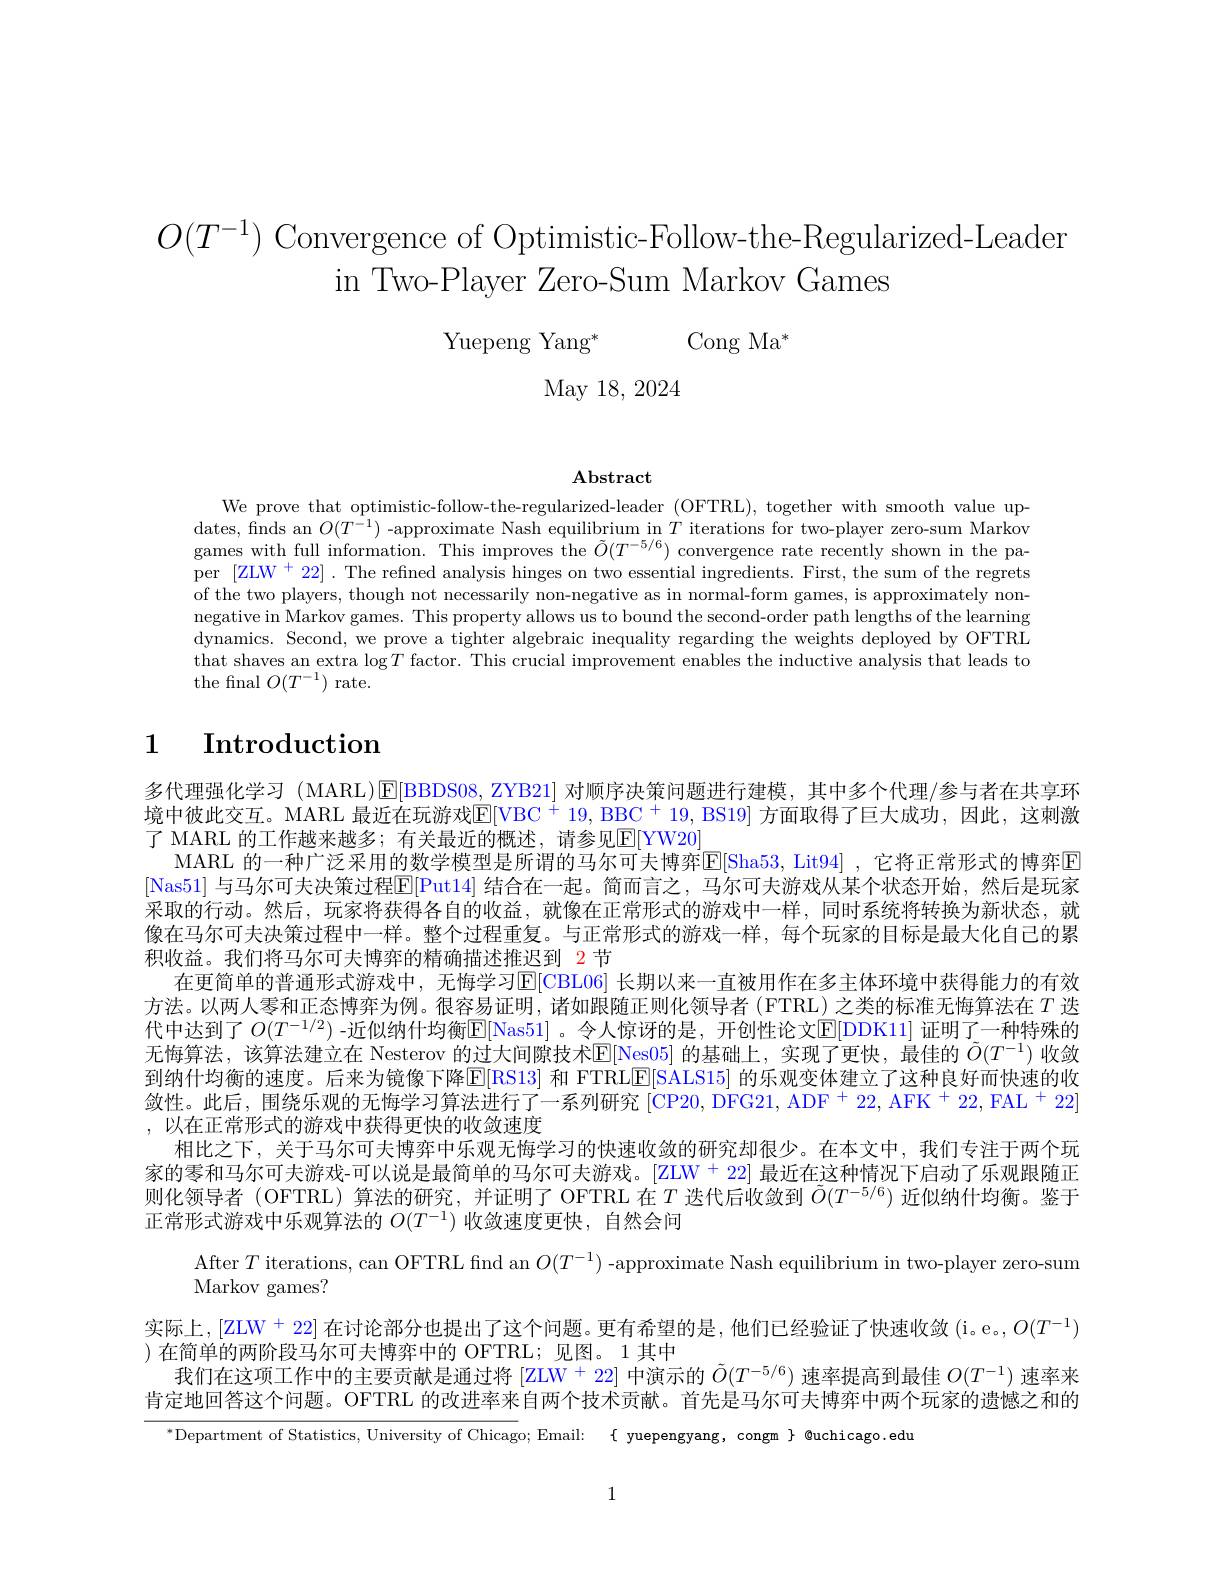
$O(T^{-1})$ Convergence of Optimistic-Follow-the-Regularized-Leaden

in Two-Player Zero-Sum Markov Games

Yuepeng Yang* Cong Ma$^*$

May 18, 2024

$\mathbf{Abstract}$

We prove that optimistic-follow-the-regularized-leader (OFTRL), together with smooth value updates, finds an $O(T^{-1})$ -approximate Nash equilibrium in $T$ iterations for two-player zero-sum Markov games with full information. This improves the $\tilde{O}(T^{-5/6})$ convergence rate recently shown in the paper [ZLW$^+22].$ The refined analysis hinges on two essential ingredients. First, the sum of the regrets of the two players, though not necessarily non-negative as in normal-form games, is approximately nonnegative in Markov games. This property allows us to bound the second-order path lengths of the learning dynamics. Second, we prove a tighter algebraic inequality regarding the weights deployed by OFTRL that shaves an extra $\log T$ factor. This crucial improvement enables the inductive analysis that leads to the final $O(T^{-1})$ rate.

# 1 $\textbf{Introduction}$

多代理强化学习 (MARL)$\operatorname{E}[$BBDS08,ZYB21] 对顺序决策问题进行建模，其中多个代理/参与者在共享环境中彼此交互。MARL 最近在玩游戏$\mathbb{E}[$VBC + 19, BBC + 19, BS19] 方面取得了巨大成功，因此，这刺激了 MARL 的工作越来越多；有关最近的概述，请参见$\mathbb{E}[Y$W20
MARL 的一种广泛采用的数学模型是所谓的马尔可夫博弈$\mathbb{E}[$Sha53, Lit94] ,它将正常形式的博弈E [Nas51] 与马尔可夫决策过程$\mathbb{E}[$Put14] 结合在一起。简而言之，马尔可夫游戏从某个状态开始，然后是玩家采取的行动。然后，玩家将获得各自的收益，就像在正常形式的游戏中一样，同时系统将转换为新状态，就像在马尔可夫决策过程中一样。整个过程重复。与正常形式的游戏一样，每个玩家的目标是最大化自己的累积收益。我们将马尔可夫博弈的精确描述推迟到 2 节
在更简单的普通形式游戏中，无悔学习$\mathbb{E}[$CBL06] 长期以来一直被用作在多主体环境中获得能力的有效方法。以两人零和正态博弈为例。很容易证明，诸如跟随正则化领导者(FTRL)之类的标准无悔算法在$T$ 迭代中达到了 $O(T^{-1/2})$ -近似纳什均衡$\overline{\mathbb{E}}[$Nas51] 。令人惊讶的是，开创性论文$\mathbb{E}[$DDK11] 证明了一种特殊的无悔算法，该算法建立在 Nesterov 的过大间隙技术$\overline{\mathbb{E}}[$Nes05] 的基础上，实现了更快，最佳的 $\tilde{O}(T^{-1})$ 收敛到纳什均衡的速度。后来为镜像下降$\mathbb{E}[$RS13] 和 FTRLE[SALS15] 的乐观变体建立了这种良好而快速的收敛性。此后，围绕乐观的无悔学习算法进行了一系列研究$[\mathrm{CP20,~DFG21,~ADF}^+22,\mathrm{~AFK~}^+22,\mathrm{~FAL~}^+22]$ ,以在正常形式的游戏中获得更快的收敛速度
相比之下，关于马尔可夫博弈中乐观无悔学习的快速收敛的研究却很少。在本文中，我们专注于两个玩家的零和马尔可夫游戏-可以说是最简单的马尔可夫游戏。[ZLW+22] 最近在这种情况下启动了乐观跟随正则化领导者(OFTRL) 算法的研究，并证明了 OFTRL 在$T\ddot{\text{ 迭代后收敛到 }O}(T^{-5/6})$近似纳什均衡。鉴于正常形式游戏中乐观算法的$O(T^{-1})$收敛速度更快，自然会问
After $T$ iterations, can OFTRL fnd an $O(T^{-1})$ -approximate Nash equilibrium in two-player zero-sum
Markov games?
$实际上，[ZLW^+22]在讨论部分也提出了这个问题。更有希望的是，他们已经验证了快速收敛(i。e。, O(T^{-1})$
)在简单的两阶段马尔可夫博弈中的 OFTRL;见图。1其中
我们在这项工作中的主要贡献是通过将 [ZLW$^{+}$ 22] 中演示的$\tilde{O}(T^{-5/6})$速率提高到最佳$O(T^{-1})$速率来肯定地回答这个问题。OFTRL 的改进率来自两个技术贡献。首先是马尔可夫博弈中两个玩家的遗憾之和的
$^{*}$Department of Statistics, University of Chicago; Email: $\{$ yuepengyang, congm $\}$ @uchicago.edu

1